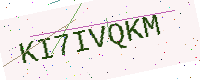
Text: KI7IVQKM